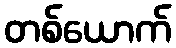
တစ်ယောက်